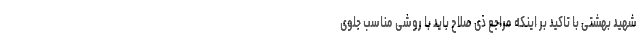
شهید بهشتی با تاکید بر اینکه مراجع ذی صلاح باید با روشی مناسب جلوی